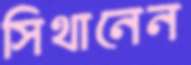
সিথানেন